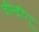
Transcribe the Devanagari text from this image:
वीन्डीगू